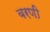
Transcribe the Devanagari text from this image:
बरणी